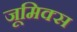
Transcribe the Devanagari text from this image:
जूमिक्स